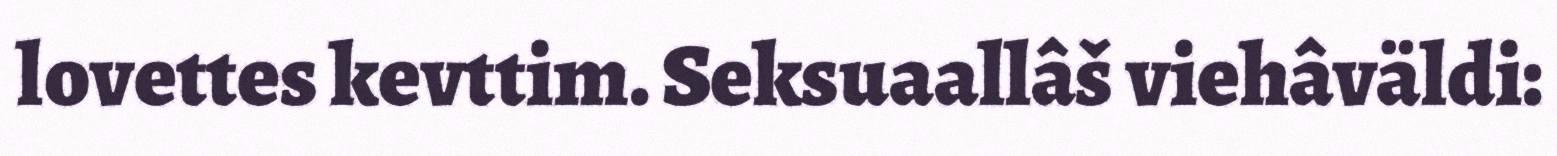
lovettes kevttim. Seksuaallâš viehâväldi: